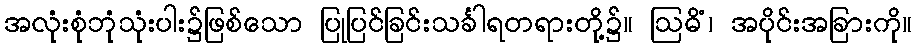
အလုံးစုံဘုံသုံးပါး၌ဖြစ်သော ပြုပြင်ခြင်းသင်္ခါရတရားတို့၌။ ဩဓိံ၊ အပိုင်းအခြားကို။